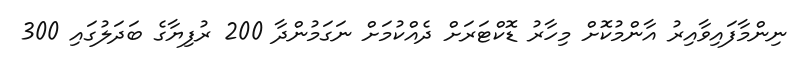
ނިންމާފައިވާއިރު އާންމުކޮށް މިހާރު ޑޮކްޓަރަށް ދެއްކުމަށް ނަގަމުންދާ 200 ރުފިޔާގެ ބަދަލުގައި 300